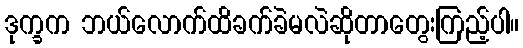
ဒုက္ခက ဘယ်လောက်ထိခက်ခဲမလဲဆိုတာတွေးကြည့်ပါ။